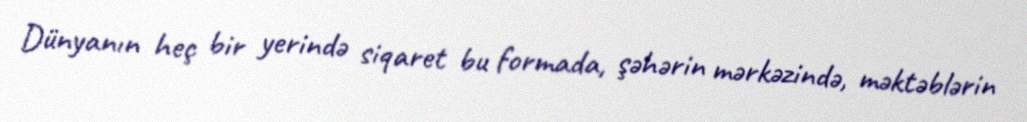
Dünyanın heç bir yerində siqaret bu formada, şəhərin mərkəzində, məktəblərin